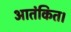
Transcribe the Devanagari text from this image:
आतंकित।